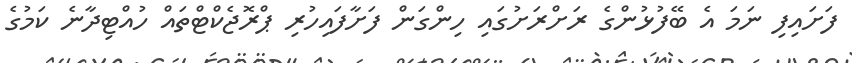
ފަށައިފި ނަމަ އެ ބޭފުޅުންގެ ރަށްރަށުގައި ހިންގަން ފަށާފައިހުރި ޕްރޮޖެކްޓްތައް ހުއްޓިދާނެ ކަމުގެ